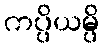
ကပ္ပိယမ္ပိ